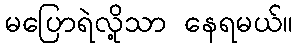
မပြောရဲလို့သာ နေရမယ်။